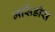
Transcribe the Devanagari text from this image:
मर्सिडीस